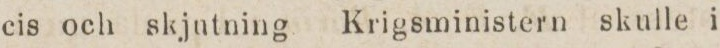
cis och skjutning Krigsministern skulle i